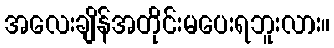
အလေးချိန်အတိုင်းမပေးရဘူးလား။